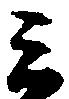
ミ